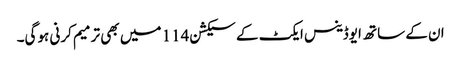
ان کے ساتھ ایوڈینس ایکٹ کے سیکشن 114 میں بھی ترمیم کرنی ہوگی۔